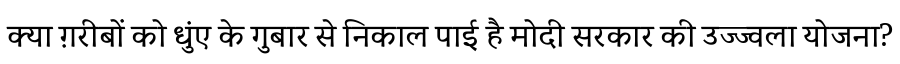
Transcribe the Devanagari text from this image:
क्या ग़रीबों को धुंए के गुबार से निकाल पाई है मोदी सरकार की उज्ज्वला योजना?